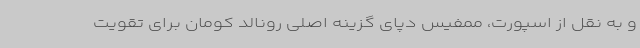
و به نقل از اسپورت، ممفیس دپای گزینه اصلی رونالد کومان برای تقویت